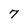
Character: 7